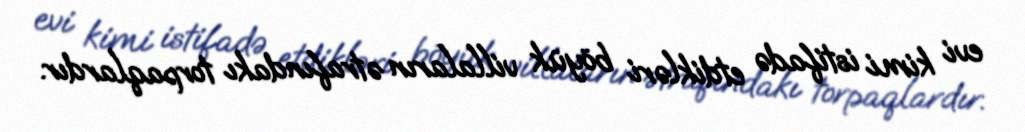
evi kimi istifadə etdikləri böyük villaların ətrafındakı torpaqlardır.